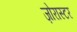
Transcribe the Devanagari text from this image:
ज़ोरास्टर